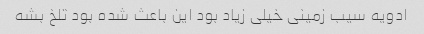
ادویه سیب زمینی خیلی زیاد بود این باعث شده بود تلخ بشه